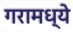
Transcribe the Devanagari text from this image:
गरामध्ये